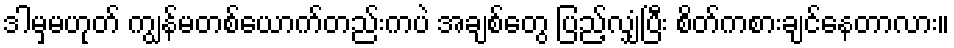
ဒါမှမဟုတ် ကျွန်မတစ်ယောက်တည်းကပဲ အချစ်တွေ ပြည့်လျှံပြီး စိတ်ကစားချင်နေတာလား။